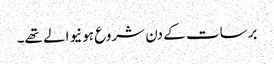
برسات کے دن شروع ہونیوالے تھے۔